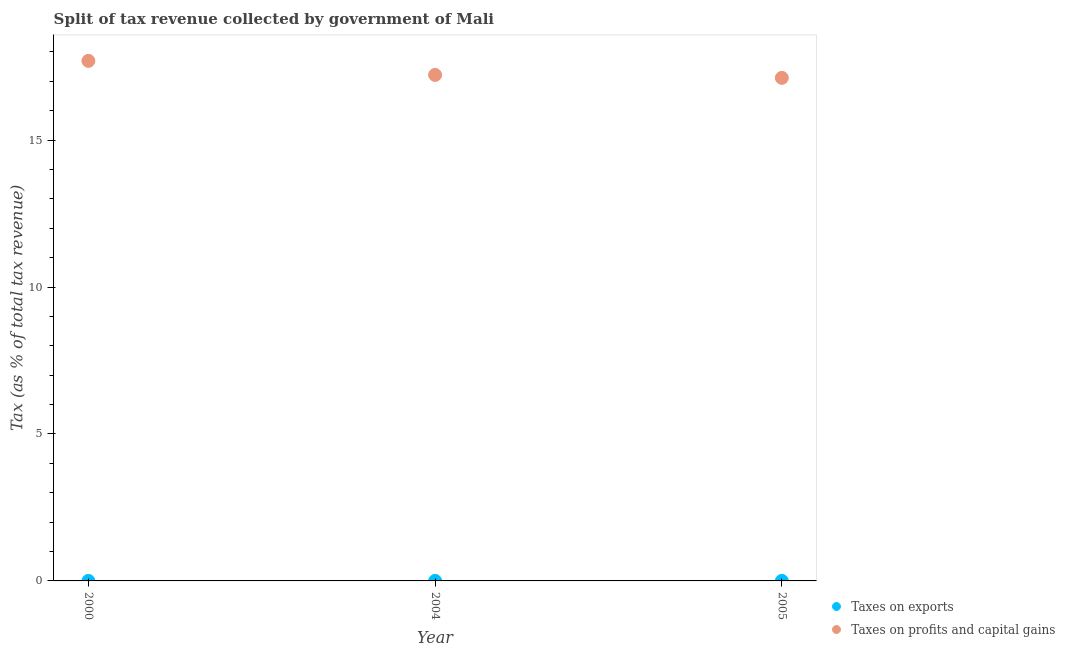
| Year | Taxes on exports | Taxes on profits and capital gains |
 | --- | --- | --- |
 | 2000 | 0.000127 | 17.7 |
 | 2004 | 0.00112 | 17.2 |
 | 2005 | 0.00195 | 17.1 |